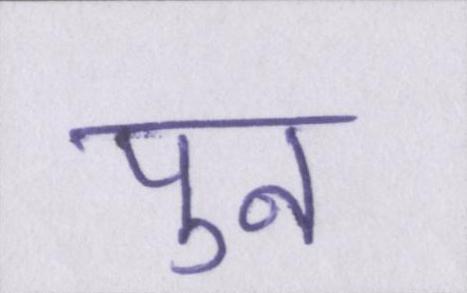
पुन